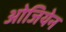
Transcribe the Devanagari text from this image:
ओजियेन